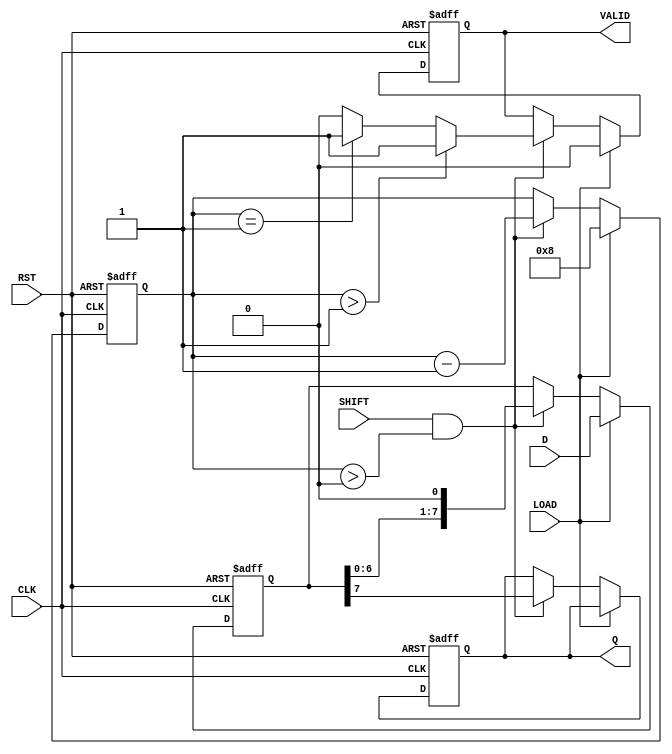
module PISO_Register #(
    parameter WIDTH = 8 // Width of the register
)(
    input wire [WIDTH-1:0] D,       // Parallel input data
    input wire LOAD,                 // Load control signal
    input wire SHIFT,                // Shift control signal
    input wire CLK,                  // Clock signal
    input wire RST,                  // Asynchronous reset
    output reg Q,                    // Serial output
    output reg VALID                 // Data valid output
);

    reg [WIDTH-1:0] shift_reg;       // Shift register to hold data
    reg [3:0] bit_count;              // Counter for bits shifted out

    // Asynchronous reset
    always @(posedge CLK or posedge RST) begin
        if (RST) begin
            shift_reg <= 0;
            Q <= 0;
            VALID <= 0;
            bit_count <= 0;
        end else begin
            if (LOAD) begin
                // Load data into shift register
                shift_reg <= D;
                bit_count <= WIDTH;  // Initialize bit count
                VALID <= 0;          // Reset VALID until shifting starts
            end else if (SHIFT && bit_count > 0) begin
                // Shift data out
                Q <= shift_reg[WIDTH-1]; // Output the MSB
                shift_reg <= shift_reg << 1; // Shift left
                bit_count <= bit_count - 1; // Decrement the bit count
                
                // Set VALID if there are bits left to shift out
                if (bit_count > 1) begin
                    VALID <= 1; // Data is valid when shifting
                end else if (bit_count == 1) begin
                    VALID <= 1; // Last bit is valid
                end else begin
                    VALID <= 0; // No valid data after shifting is done
                end
            end
        end
    end

endmodule